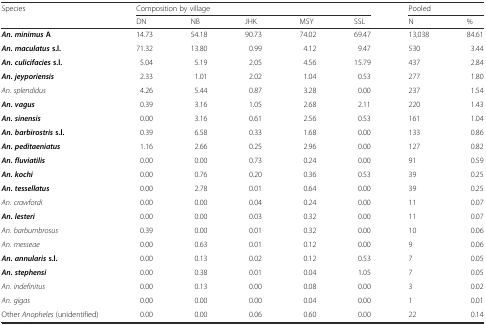
<table><thead><tr><td rowspan="2"><b>Species</b></td><td colspan="5"><b>Composition by village</b></td><td colspan="2"><b>Pooled</b></td></tr><tr><td><b>DN</b></td><td><b>NB</b></td><td><b>JHK</b></td><td><b>MSY</b></td><td><b>SSL</b></td><td><b>N</b></td><td><b>%</b></td></tr></thead><tbody><tr><td><b><i>An. minimus</i></b><b>A</b></td><td>14.73</td><td>54.18</td><td>90.73</td><td>74.02</td><td>69.47</td><td>13,038</td><td>84.61</td></tr><tr><td><b><i>An. maculatus</i></b><b>s.l.</b></td><td>71.32</td><td>13.80</td><td>0.99</td><td>4.12</td><td>9.47</td><td>530</td><td>3.44</td></tr><tr><td><b><i>An. culicifacies</i></b><b>s.l.</b></td><td>5.04</td><td>5.19</td><td>2.05</td><td>4.56</td><td>15.79</td><td>437</td><td>2.84</td></tr><tr><td><b><i>An. jeyporiensis</i></b></td><td>2.33</td><td>1.01</td><td>2.02</td><td>1.04</td><td>0.53</td><td>277</td><td>1.80</td></tr><tr><td><i>An. splendidus</i></td><td>4.26</td><td>5.44</td><td>0.87</td><td>3.28</td><td>0.00</td><td>237</td><td>1.54</td></tr><tr><td><b><i>An. vagus</i></b></td><td>0.39</td><td>3.16</td><td>1.05</td><td>2.68</td><td>2.11</td><td>220</td><td>1.43</td></tr><tr><td><b><i>An. sinensis</i></b></td><td>0.00</td><td>3.16</td><td>0.61</td><td>2.56</td><td>0.53</td><td>161</td><td>1.04</td></tr><tr><td><b><i>An. barbirostris</i></b><b>s.l.</b></td><td>0.39</td><td>6.58</td><td>0.33</td><td>1.68</td><td>0.00</td><td>133</td><td>0.86</td></tr><tr><td><b><i>An. peditaeniatus</i></b></td><td>1.16</td><td>2.66</td><td>0.25</td><td>2.96</td><td>0.00</td><td>127</td><td>0.82</td></tr><tr><td><b><i>An. fluviatilis</i></b></td><td>0.00</td><td>0.00</td><td>0.73</td><td>0.24</td><td>0.00</td><td>91</td><td>0.59</td></tr><tr><td><b><i>An. kochi</i></b></td><td>0.00</td><td>0.76</td><td>0.20</td><td>0.36</td><td>0.53</td><td>39</td><td>0.25</td></tr><tr><td><b><i>An. tessellatus</i></b></td><td>0.00</td><td>2.78</td><td>0.01</td><td>0.64</td><td>0.00</td><td>39</td><td>0.25</td></tr><tr><td><i>An. crawfordi</i></td><td>0.00</td><td>0.00</td><td>0.04</td><td>0.24</td><td>0.00</td><td>11</td><td>0.07</td></tr><tr><td><b><i>An. lesteri</i></b></td><td>0.00</td><td>0.00</td><td>0.03</td><td>0.32</td><td>0.00</td><td>11</td><td>0.07</td></tr><tr><td><i>An. barbumbrosus</i></td><td>0.39</td><td>0.00</td><td>0.01</td><td>0.32</td><td>0.00</td><td>10</td><td>0.06</td></tr><tr><td><i>An. messeae</i></td><td>0.00</td><td>0.63</td><td>0.01</td><td>0.12</td><td>0.00</td><td>9</td><td>0.06</td></tr><tr><td><b><i>An. annularis</i></b><b>s.l.</b></td><td>0.00</td><td>0.13</td><td>0.02</td><td>0.12</td><td>0.53</td><td>7</td><td>0.05</td></tr><tr><td><b><i>An. stephensi</i></b></td><td>0.00</td><td>0.38</td><td>0.01</td><td>0.04</td><td>1.05</td><td>7</td><td>0.05</td></tr><tr><td><i>An. indefinitus</i></td><td>0.00</td><td>0.13</td><td>0.00</td><td>0.08</td><td>0.00</td><td>3</td><td>0.02</td></tr><tr><td><i>An. gigas</i></td><td>0.00</td><td>0.00</td><td>0.00</td><td>0.04</td><td>0.00</td><td>1</td><td>0.01</td></tr><tr><td>Other <i>Anopheles</i> (unidentified)</td><td>0.00</td><td>0.00</td><td>0.06</td><td>0.60</td><td>0.00</td><td>22</td><td>0.14</td></tr></tbody></table>